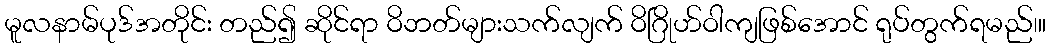
မူလနာမ်ပုဒ်အတိုင်း တည်၍ ဆိုင်ရာ ဝိဘတ်များသက်လျက် ဝိဂြိုဟ်ဝါကျဖြစ်အောင် ရုပ်တွက်ရမည်၊။